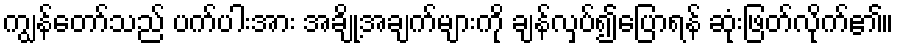
ကျွန်တော်သည် ပက်ပါးအား အချို့အချက်များကို ချန်လှပ်၍ပြောရန် ဆုံးဖြတ်လိုက်၏။